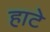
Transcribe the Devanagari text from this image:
हाटे